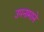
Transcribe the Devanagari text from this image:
उपनामाने